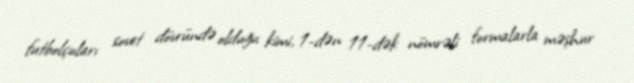
futbolçuları sovet dövründə olduğu kimi, 1-dən 11-dək nömrəli formalarla məşhur